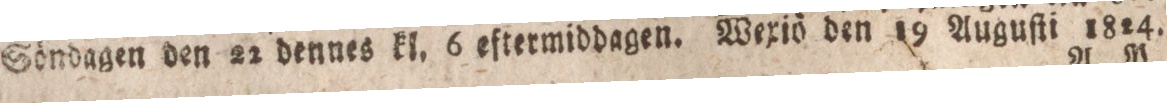
Söndagen den 22 dennes kl. 6 eftermiddagen. Wexiö den 19 Auguſti 1824.